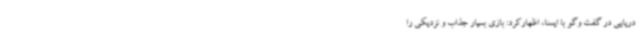
دریایی در گفت وگو با ایسنا، اظهارکرد: بازی بسیار جذاب و نزدیکی را